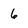
Character: 6